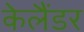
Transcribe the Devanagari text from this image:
केलैंडर